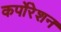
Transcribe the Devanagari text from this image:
कर्पोरेशन